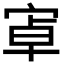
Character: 𭓶